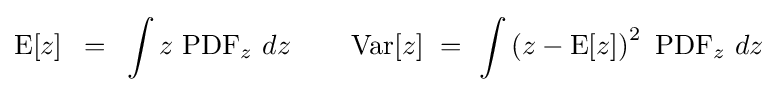
{\rm {E}}[z]\,\,\,=\,\,\,\int {z\,\,{\rm {PDF}}_{z}}\,\,dz\,\,\,\,\,\,\,\,\,\,\,\,\,{\rm {Var}}[z]\,\,=\,\,\int {\left({z-{\rm {E}}[z]}\right)^{2}\,\,{\rm {PDF}}_{z}}\,\,dz